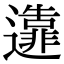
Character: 𨘴